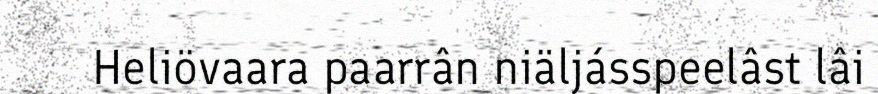
Heliövaara paarrân niäljásspeelâst lâi